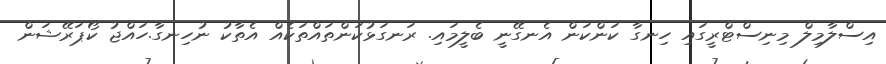
އިސްލާމިލް މިނިސްޓްރީގައި ހިނގާ ކަންކަން އެނގޭނީ ބެލީމައި. ރަނގަޅުކަންތައްތަކެއް އެތާކު ނުހިނގާ.ހައްޖު ކޯޕަރޭޝަން